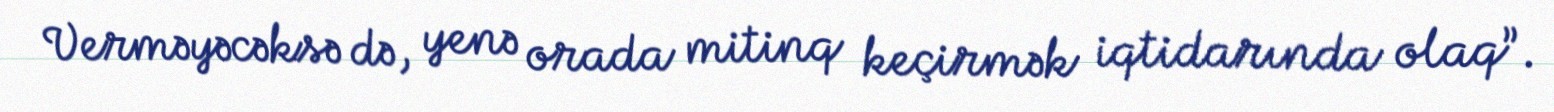
Verməyəcəksə də, yenə orada mitinq keçirmək iqtidarında olaq”.